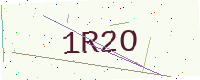
Text: 1R2O